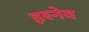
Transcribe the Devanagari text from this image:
हस्नेव